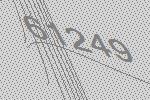
61249